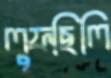
লুফছিলি